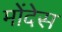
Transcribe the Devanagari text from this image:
मोंदेस